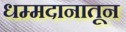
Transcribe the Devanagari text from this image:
धम्मदानातून